Newspaper: The Stark County Democrat. [volume]
Place of publication: Canton, Ohio
Publisher: W. & G. Dunbar, Jr.
Date: 1875-04-08 00:00:00
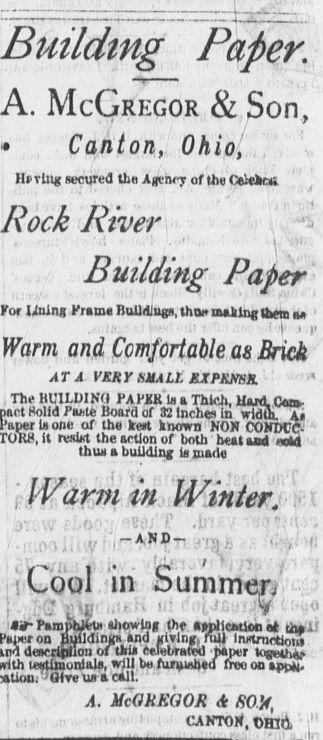
Advertisement text (OCR):
Building Paper. A. McGregor & Son, Canton, Ohio, , Urging secured the Agency of thdCelekai ' ' Rock River Paper tot lining Frame Buildings, thou making then a ' Warm and Comfortable as Brick AT A VERY SMALt JZXPEJtSS. ' ; The BUILDING PAPER is a Thich, Hard. Cent Solid Paste Board of 32 inches in width. As is one of the keit known NOM CONDUCE ' it resist the action of both heat as4 eoM . thus a building Is made Wdrpi in Winter t ; l1 .1.:':' , r-AND-. I, Y- 1 1 bummer I,-1 lit- Pamphlets allowing thf HtnlleMlen at that! on buildings and sivlng. rtili instrnctioiit dearripilon of this Celebrated paper together testimonials, will be furuiahed free on app. 'J Give us call. j a. McGregor a sow, : , : ' 1 i ' CANTON", Hid, '
Label: text-only